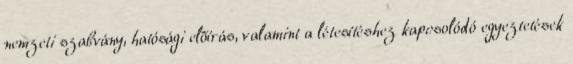
nemzeti szabvány, hatósági elõírás, valamint a létesítéshez kapcsolódó egyeztetések